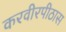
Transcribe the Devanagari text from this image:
करवीरपीठास